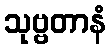
သုဗ္ဗတာနံ